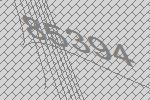
85394